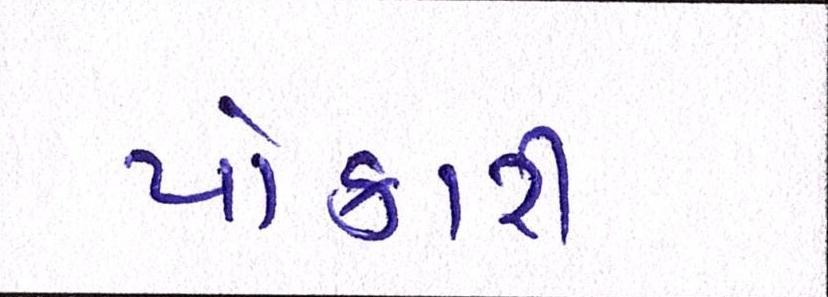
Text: પોકારી